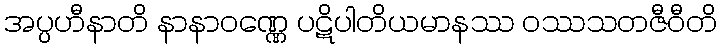
အပ္ပဟီနာတိ နာနာဝဏ္ဏေ ပဋိပါတိယမာနဿ ဝဿသတဇီဝီတိ